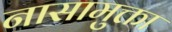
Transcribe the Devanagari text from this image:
नासामुक्ता